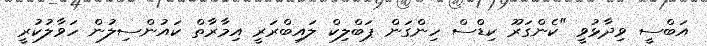
އަބްސީ ވިދާޅުވީ "ކެންގަރޫ ކިޑްސް ހިންގަން ޕަބްލިކް ލައިބްރަރީ އިމާރާތް ކައުންސިލުން ހަވާލުކުރީ